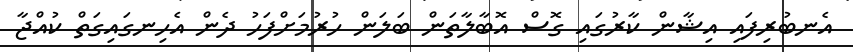
އެނބުރިފައި އިޝާން ކާރުގައި ގޮސް އޮބާލާތަން ބަލަން ހުރުމަށްފަހު ދެން އެހިނގައިގަތް ކުއްޖާ